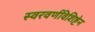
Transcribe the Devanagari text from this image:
स्वरवर्णविशिष्टेन